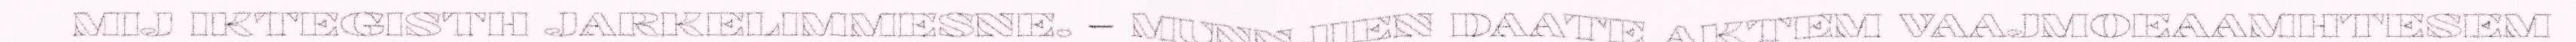
MIJ IKTEGISTH JARKELIMMESNE. – MUNNJIEN DAATE AKTEM VAAJMOEAAMHTESEM